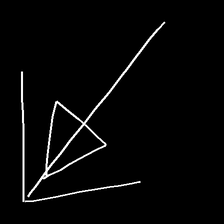
Glyph: pull